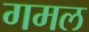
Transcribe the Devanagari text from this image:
गमल